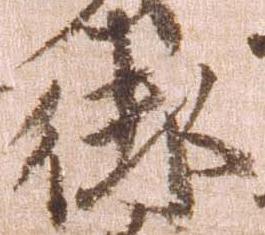
御